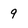
Character: 9